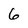
Character: 6